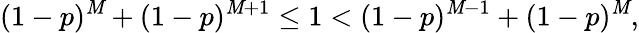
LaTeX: (1-p)^{\mathit{M}}+(1-p)^{\mathit{M}+1}\leq1<(1-p)^{\mathit{M}-1}+(1-p)^{\mathit{M}},